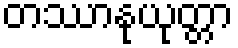
တဿာနုယုတ္တာ